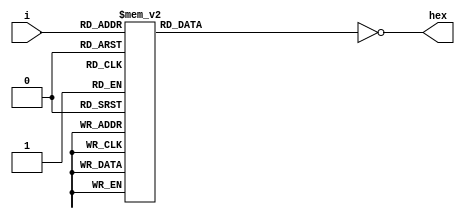
module hexencoder(input[3:0] i, output reg[6:0] hex);
	always@(*) begin
		case(i)
			4'b0000: hex = 7'b1111110;
			4'b0001: hex = 7'b0110000;
			4'b0010: hex = 7'b1101101;
			4'b0011: hex = 7'b1111001;
			4'b0100: hex = 7'b0110011;
			4'b0101: hex = 7'b1011011;
			4'b0110: hex = 7'b1011111;
			4'b0111: hex = 7'b1110000;
			4'b1000: hex = 7'b1111111;
			default: hex = 7'b1111111;
		endcase
		hex = ~hex;
	end
endmodule